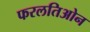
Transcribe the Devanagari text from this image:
फरलतिओन